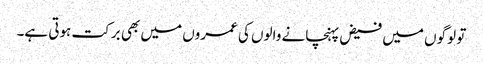
تو لوگوں میں فیض پہنچانے والوں کی عمروں میں بھی برکت ہوتی ہے۔